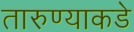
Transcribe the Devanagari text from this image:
तारुण्याकडे